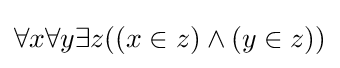
\forall x\forall y\exists z((x\in z)\land (y\in z))